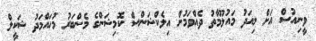
ވީނިއުސް އަށް މިއަދު މައުލޫމާތު ދެއްވަމުން އިލެކްޝަންސް ކޮމިޝަންގެ މެންބަރު މުހައްމަދު ޝަކީލް